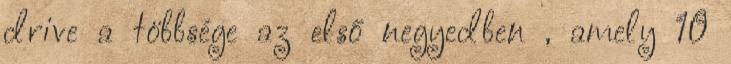
drive a többsége az első negyedben , amely 10